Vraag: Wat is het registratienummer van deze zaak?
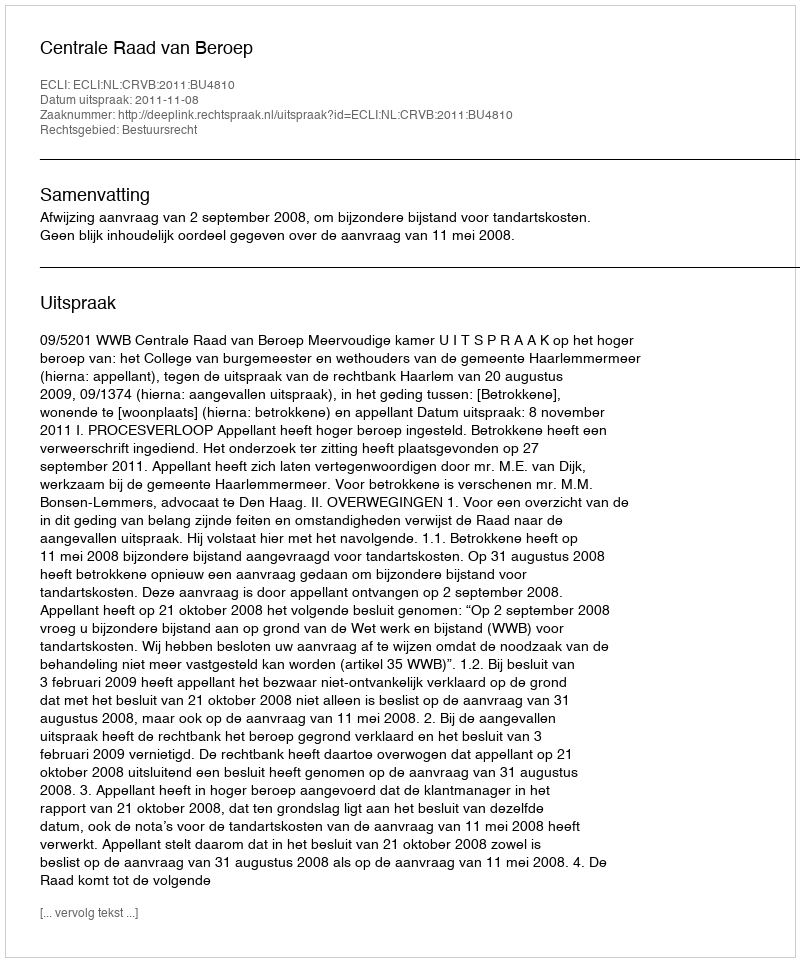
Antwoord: http://deeplink.rechtspraak.nl/uitspraak?id=ECLI:NL:CRVB:2011:BU4810